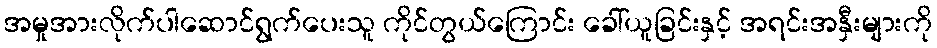
အမှုအားလိုက်ပါဆောင်ရွက်ပေးသူ ကိုင်တွယ်ကြောင်း ခေါ်ယူခြင်းနှင့် အရင်းအနှီးများကို